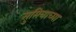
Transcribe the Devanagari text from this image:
सुमित्राच्या